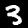
Digit: 3